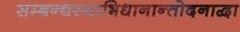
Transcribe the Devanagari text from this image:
सम्बन्धस्याभिधानान्तोदनाद्वा